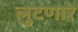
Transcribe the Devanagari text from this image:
लुटणारे